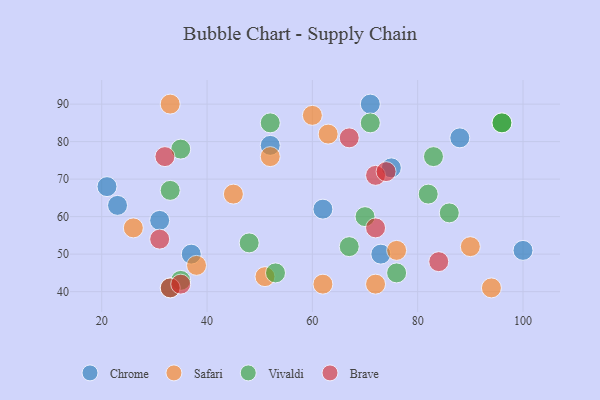
{"axis": {"x": "GDP", "y": "Life Expectancy"}, "legend": ["Brave", "Chrome", "Safari", "Vivaldi"], "data": [{"x": "71", "y": 90, "type": "Chrome"}, {"x": "73", "y": 50, "type": "Chrome"}, {"x": "88", "y": 81, "type": "Chrome"}, {"x": "23", "y": 63, "type": "Chrome"}, {"x": "52", "y": 79, "type": "Chrome"}, {"x": "62", "y": 62, "type": "Chrome"}, {"x": "21", "y": 68, "type": "Chrome"}, {"x": "31", "y": 59, "type": "Chrome"}, {"x": "100", "y": 51, "type": "Chrome"}, {"x": "37", "y": 50, "type": "Chrome"}, {"x": "75", "y": 73, "type": "Chrome"}, {"x": "51", "y": 44, "type": "Safari"}, {"x": "45", "y": 66, "type": "Safari"}, {"x": "60", "y": 87, "type": "Safari"}, {"x": "33", "y": 90, "type": "Safari"}, {"x": "63", "y": 82, "type": "Safari"}, {"x": "94", "y": 41, "type": "Safari"}, {"x": "38", "y": 47, "type": "Safari"}, {"x": "72", "y": 42, "type": "Safari"}, {"x": "62", "y": 42, "type": "Safari"}, {"x": "76", "y": 51, "type": "Safari"}, {"x": "90", "y": 52, "type": "Safari"}, {"x": "26", "y": 57, "type": "Safari"}, {"x": "52", "y": 76, "type": "Safari"}, {"x": "76", "y": 45, "type": "Vivaldi"}, {"x": "67", "y": 52, "type": "Vivaldi"}, {"x": "96", "y": 85, "type": "Vivaldi"}, {"x": "48", "y": 53, "type": "Vivaldi"}, {"x": "53", "y": 45, "type": "Vivaldi"}, {"x": "82", "y": 66, "type": "Vivaldi"}, {"x": "33", "y": 67, "type": "Vivaldi"}, {"x": "70", "y": 60, "type": "Vivaldi"}, {"x": "52", "y": 85, "type": "Vivaldi"}, {"x": "35", "y": 78, "type": "Vivaldi"}, {"x": "35", "y": 43, "type": "Vivaldi"}, {"x": "71", "y": 85, "type": "Vivaldi"}, {"x": "33", "y": 41, "type": "Vivaldi"}, {"x": "86", "y": 61, "type": "Vivaldi"}, {"x": "83", "y": 76, "type": "Vivaldi"}, {"x": "96", "y": 85, "type": "Vivaldi"}, {"x": "33", "y": 41, "type": "Brave"}, {"x": "72", "y": 71, "type": "Brave"}, {"x": "31", "y": 54, "type": "Brave"}, {"x": "35", "y": 42, "type": "Brave"}, {"x": "67", "y": 81, "type": "Brave"}, {"x": "32", "y": 76, "type": "Brave"}, {"x": "74", "y": 72, "type": "Brave"}, {"x": "84", "y": 48, "type": "Brave"}, {"x": "72", "y": 57, "type": "Brave"}]}